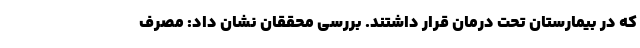
که در بیمارستان تحت درمان قرار داشتند. بررسی محققان نشان داد: مصرف